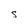
Character: S